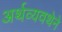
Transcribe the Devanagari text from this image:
अर्थव्यवथेने